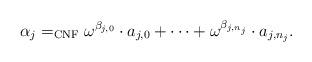
LaTeX: \begin{align*}\alpha_j=_{\mathrm{CNF}}\omega^{\beta_{j,0}} \cdot a_{j, 0} + \dots + \omega^{\beta_{j, n_j}}\cdot a_{j,n_j}.\end{align*}